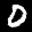
Label: 0